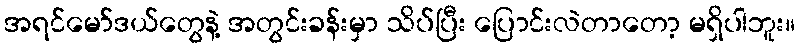
အရင်မော်ဒယ်တွေနဲ့ အတွင်းခန်းမှာ သိပ်ပြီး ပြောင်းလဲတာတော့ မရှိပါဘူး။